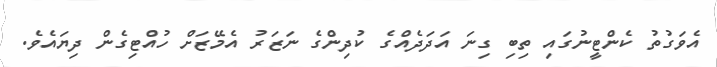
އެވަގުތު ކެންޓީނުގައި ތިބި ގިނަ އަދަދެއްގެ ކުދިންގެ ނަޒަރު އެމޭޒަށް ހުއްޓިގެން ދިޔައެވެ.